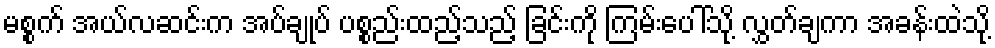
မစ္စက် အယ်လဆင်းက အပ်ချုပ် ပစ္စည်းထည့်သည့် ခြင်းကို ကြမ်းပေါ်သို့ လွှတ်ချကာ အခန်းထဲသို့